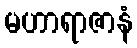
မဟာရာဇာနံ